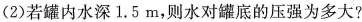
(2)若罐内水深1.5m，则水对罐底的压强为多大?